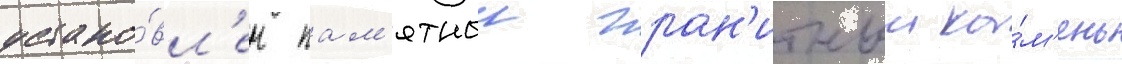
устано́вл'ен пам'ятныи гран'итныи ка́м'ень